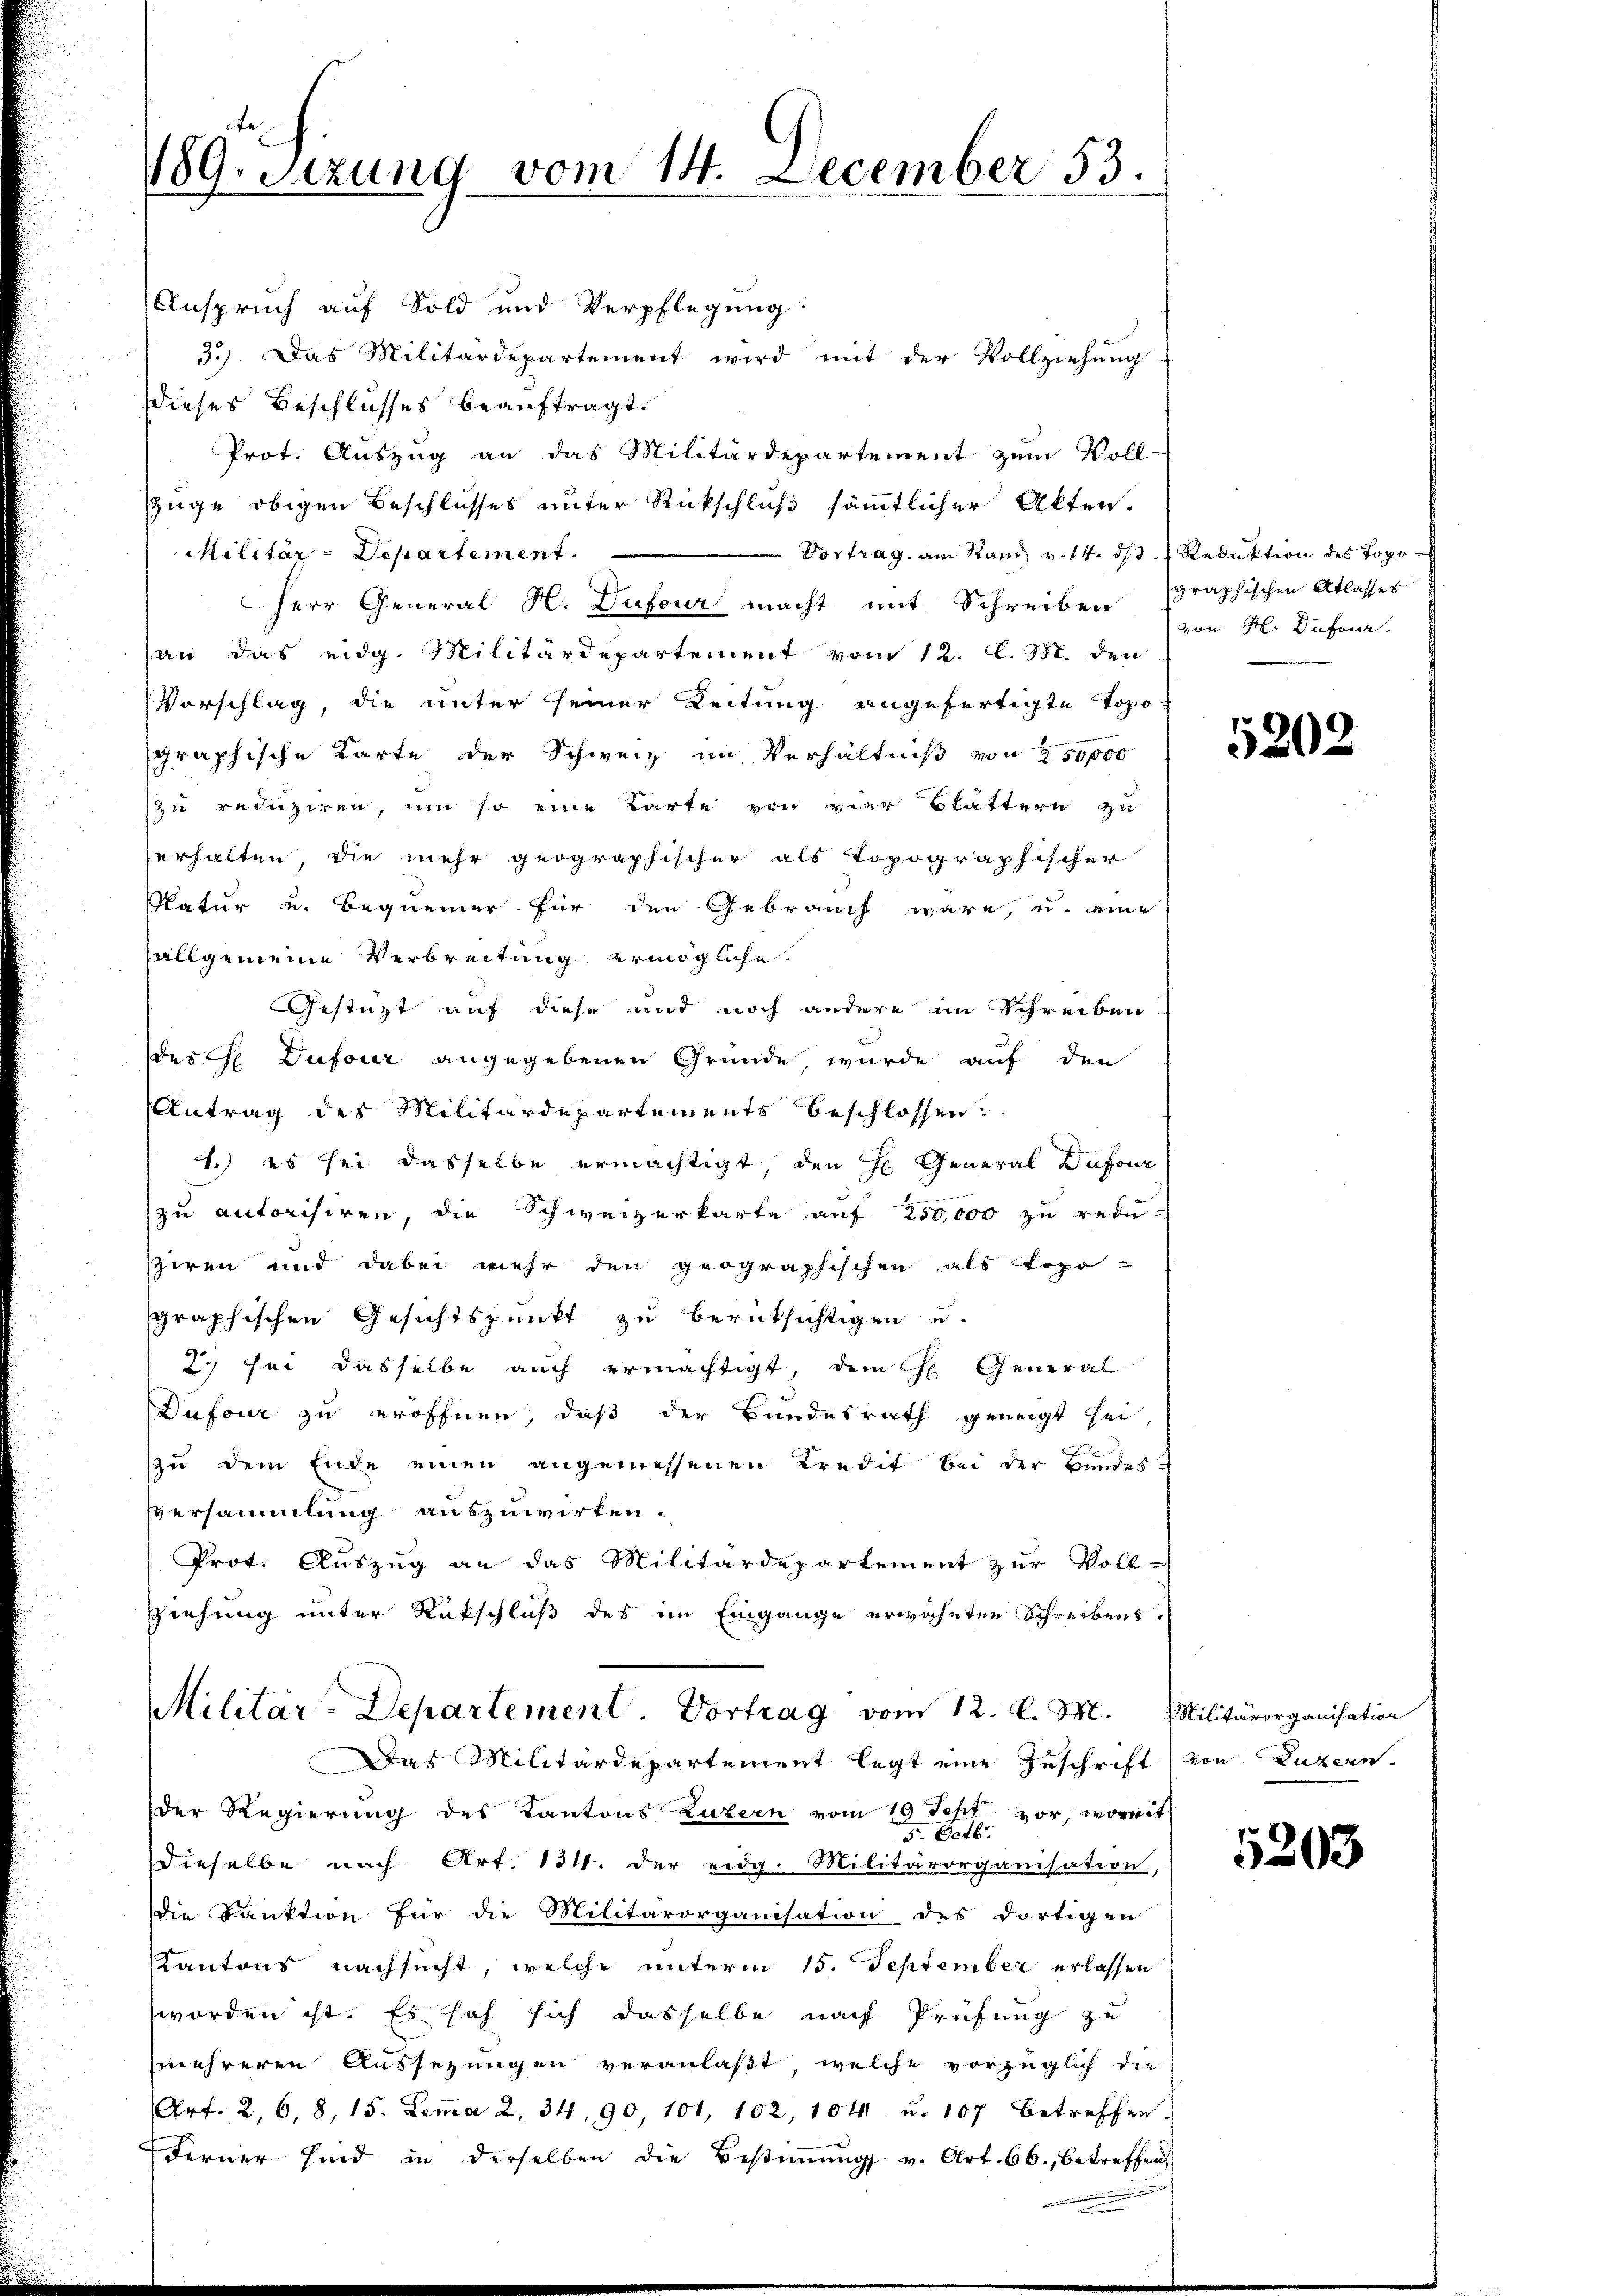
189. Sitzung vom 14. December 53.

Anspruch auf Sold und Verpflegung
3.) Das Militärdepartement wird mit der Vollziehung
Dieses Beschlusses beauftragt.
Prot. Auszug an das Militärdepartement zum Voll-
züge obigen Beschlusses unter Rückschluß sämmtlicher Akten.
Militär-Departement.
Vortrag, am Stand v. 14. d. d. Reduktion des Topo
Herr General H. Dufour macht mit Schreiben graphischen Atlasses
an das eidg. Militärdepartement vom 12. l. B. den
Vorschlag, die unter seiner Leitung angefertigte Topographische Karte der Schweiz im Verhältniß von 250000
zu reduziren, um so eine Karte von vier Blättern zu
erhalten, die mehr geographischer als topographischer
Okatur u. Bequemer für den Gebrauch wäre, u. eine
allgemeine Verbreitung ermögliche.
Gestüzt auf diese und noch andere im Schreiben
des H Dufour angegebenen Gründe, wurde auf den
Antrag des Militärdepartements beschlossen:
1.) es sei dasselbe ermächtigt, den H General Dufour
zu autorisiren, die Schweizerkarte auf 250,000 zu redusiren und dabei mehr den geographischen als topographischen Gesichtspunkt zu berücksichtigen u.
2) sei dasselbe auch ermächtigt, dem H. General
Dufour zu eröffnen, daß der Bundesrath geneigt sei,
zu dem Ende einen angemessenen Kredit bei der Bundes-
versammlung auszuwirken.
Prot. Auszug an das Militärdepartement zur Voll-
Ziehung unter Rückschluß des im Eingange erwähnten Schreibens.
Militär-Departement. Vortrag vom 12. l. M.
Das Militärdepartement legt eine Zuschrift
der Regierung des Kantons Luzern vom 19 Sept vor, worint
Octb.
.
dieselbe nach Art. 134. der eidg. Militärorganisation,
die Sanktion für die Militärorganisation des dortigen
Kantons nachsucht, welche unterm 15. September erlassen
worden ist. Es sah sich dasselbe nach Prüfung zu
mehreren Aussezungen veranlaßt, welche vorzüglich die
Art. 2, 6, 8, 15. Lemma 2. 34. 90, 101, 102, 104 u. 107 betreffen.
Ferner sind in derselben die Bestimmung v. Art. 66., betreffend

von H. Dufour

5202

Militärorganisation
von Luzern

p
3203